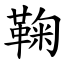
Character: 鞠